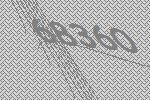
68360